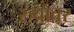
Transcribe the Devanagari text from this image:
रुपावर